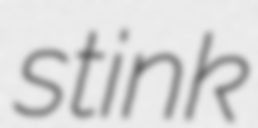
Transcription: stink